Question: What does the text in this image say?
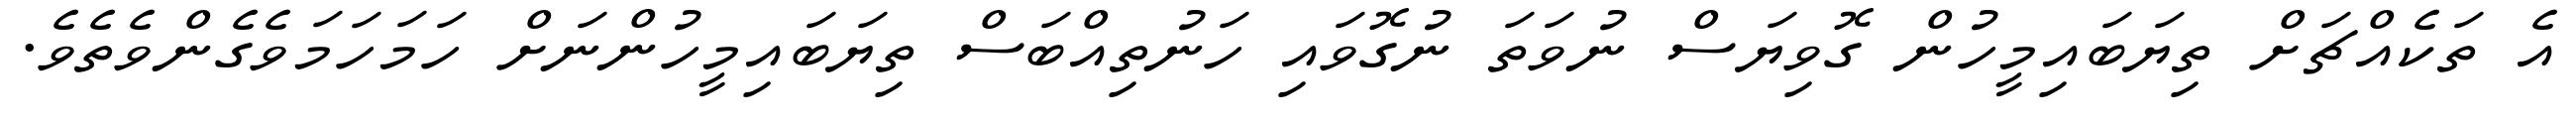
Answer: އެ ތަކެއްޗަށް ތިޔަބައިމީހުން ގޮވިޔަސް ނުވަތަ ނުގޮވައި ހަނުތިއްބަސް ތިޔަބައިމީހުންނަށް ހަމަހަމަވެގެންވެތެވެ.